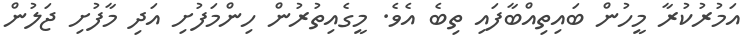
އަމުރުކުރާ މީހުން ބައިތިއްބާފައި ތިބެ އެވެ. މީގެއިތުރުން ހިންމަފުށި އަދި މާފުށި ޖަލުން